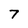
Character: 7